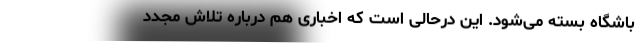
باشگاه بسته می‌شود. این درحالی است که اخباری هم درباره تلاش مجدد